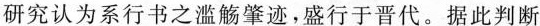
研究认为系行书之滥觞肇迹，盛行于晋代。据此判断